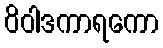
ဝိဝါဒကာရကော